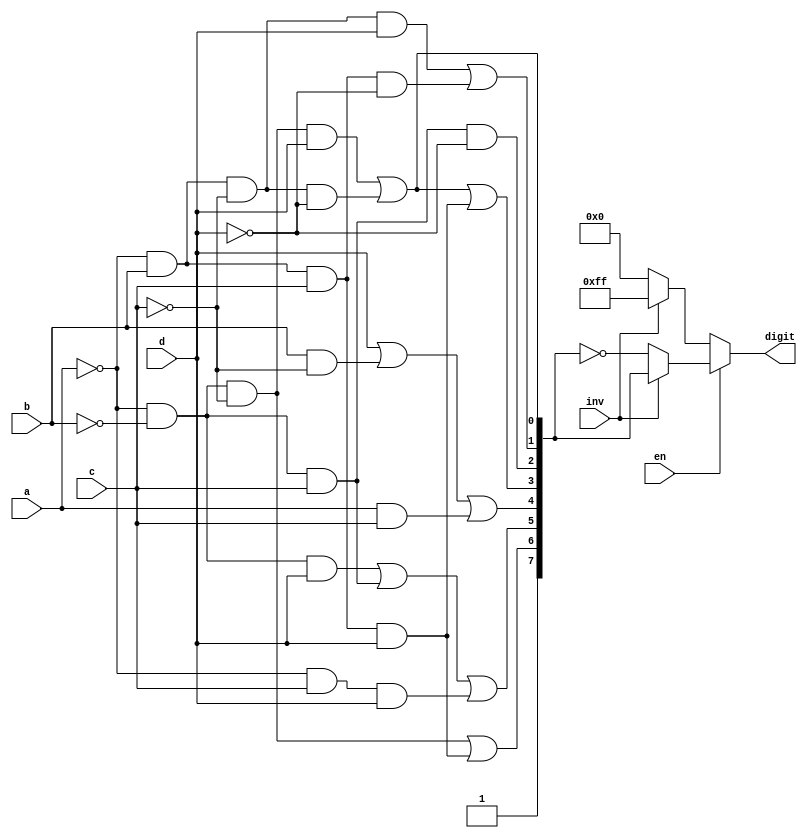
`default_nettype none
// `timescale 1ns/1ns

module bcd (
    input wire a, b, c, d, inv, en,
    output wire [7:0] digit
);    

    // segments wire 
    wire a_wire, b_wire, c_wire, d_wire,
         e_wire, f_wire, g_wire;

    wire [7:0] segment;

    // default : common anode segment
    /*    pgfedcba
	    0b11000000,	 // 0
	    0b11111001,	 // 1
	    0b10100100,	 // 2
	    0b10110000,	 // 3
	    0b10011001,	 // 4
	    0b10010010,	 // 5
	    0b10000010,	 // 6
	    0b11111000,	 // 7
	    0b10000000,	 // 8
	    0b10010000	 // 9 */
    
    // inverted
    /*    pgfedcba
	    0b00111111,	 // 0
    	0b00000110,	 // 1
	    0b01011011,	 // 2
    	0b01001111,	 // 3
    	0b01100110,	 // 4
    	0b01101101,	 // 5
    	0b01111101,	 // 6
    	0b00000111,	 // 7
    	0b01111111,	 // 8
	    0b01101111	 // 9 */

    assign a_wire = (~a & ~b & ~c & d) | (~a & b & ~c & ~d); // D0
    assign b_wire = (~a & b & ~c & d) | (~a & b & c & ~d); // D1
    assign c_wire = ~a & ~b & c & ~d; // D2
    assign d_wire = (~a & ~b & ~c & d) | (~a & b & ~c & ~d) | (~a & b & c & d); // D3
    assign e_wire = d | (b & ~c) | (a & c); // D4
    assign f_wire = (~a & ~b & d) | (~a & ~b & c) | (~a & c & d); // D5
    assign g_wire = (~a & ~b & ~c) | (~a & b & c & d); // D6

    assign segment = {1'b1, g_wire, f_wire, e_wire, d_wire, c_wire, b_wire, a_wire};

    assign digit = (en ? (inv ? segment : ~segment) : (inv ? {8{1'b1}} : {8{1'b0}}));

endmodule